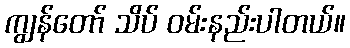
ကျွန်တော် သိပ် ဝမ်းနည်းပါတယ်။